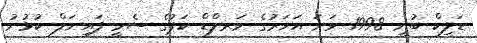
ޑަލިކް ބުނީ 1998 ވަނަ އަހަރުގެ ވަރލްޑް ކަޕުގެ ސެމީ ފައިނަލް ކުޅުނު